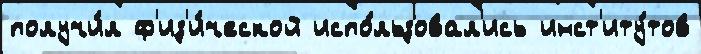
получи́л ф'из'и́ческой испо́льзовал'ись инст'иту́тов